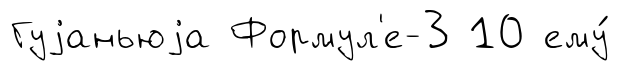
Гуjаньюjа Формул'е-3 10 ему́